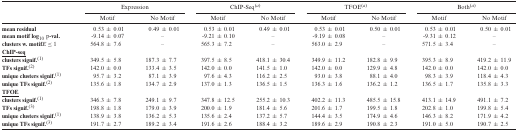
<table><thead><tr><td></td><td colspan="2"><b>Expression</b></td><td colspan="2"><b>ChIP-Seq<sup>(<i>a</i>)</sup></b></td><td colspan="2"><b>TFOE<sup>(<i>a</i>)</sup></b></td><td colspan="2"><b>Both<sup>(<i>a</i>)</sup></b></td></tr><tr><td></td><td><b>Motif</b></td><td><b>No Motif</b></td><td><b>Motif</b></td><td><b>No Motif</b></td><td><b>Motif</b></td><td><b>No Motif</b></td><td><b>Motif</b></td><td><b>No Motif</b></td></tr></thead><tbody><tr><td><b>mean residual</b></td><td>0.53 ± 0.01</td><td>0.49 ± 0.01</td><td>0.53 ± 0.01</td><td>0.49 ± 0.01</td><td>0.53 ± 0.01</td><td>0.50 ± 0.01</td><td>0.53 ± 0.01</td><td>0.50 ± 0.01</td></tr><tr><td><b>mean motif log</b><sub>10</sub> p<b>-val</b>.</td><td>-9.14 ± 0.07</td><td>–</td><td>-9.21 ± 0.10</td><td>–</td><td>-9.19 ± 0.08</td><td>–</td><td>-9.31 ± 0.12</td><td>–</td></tr><tr><td><b>clusters w. motif</b><i>E</i> ≤ 1</td><td>564.8 ± 7.6</td><td>–</td><td>565.3 ± 7.2</td><td>–</td><td>563.0 ± 2.9</td><td>–</td><td>571.5 ± 3.4</td><td>–</td></tr><tr><td><b><underline>ChIP-seq</underline></b></td><td></td><td></td><td></td><td></td><td></td><td></td><td></td><td></td></tr><tr><td><b>clusters signif</b>.<sup>(1)</sup></td><td>349.5 ± 5.8</td><td>187.3 ± 7.7</td><td>397.5 ± 8.5</td><td>418.1 ± 30.4</td><td>349.9 ± 11.2</td><td>182.8 ± 9.9</td><td>395.3 ± 8.9</td><td>419.2 ± 11.9</td></tr><tr><td><b>TFs signif</b>.<sup>(2)</sup></td><td>142.0 ± 0.0</td><td>133.4 ± 3.5</td><td>142.0 ± 0.0</td><td>141.5 ± 1.0</td><td>142.0 ± 0.0</td><td>129.9 ± 4.8</td><td>142.0 ± 0.0</td><td>142.0 ± 0.0</td></tr><tr><td><b>unique clusters signif</b>.<sup>(1)</sup></td><td>95.7 ± 3.2</td><td>87.1 ± 3.9</td><td>97.6 ± 4.3</td><td>116.2 ± 2.5</td><td>93.0 ± 3.8</td><td>88.1 ± 4.0</td><td>98.3 ± 3.9</td><td>118.4 ± 4.3</td></tr><tr><td><b>unique TFs signif</b>.<sup>(2)</sup></td><td>135.6 ± 1.8</td><td>134.7 ± 2.9</td><td>137.0 ± 1.3</td><td>136.5 ± 1.5</td><td>136.3 ± 1.6</td><td>136.2 ± 1.2</td><td>136.5 ± 1.7</td><td>135.8 ± 3.3</td></tr><tr><td><b><underline>TFOE</underline></b></td><td></td><td></td><td></td><td></td><td></td><td></td><td></td><td></td></tr><tr><td><b>clusters signif</b>.<sup>(1)</sup></td><td>346.3 ± 7.8</td><td>249.1 ± 9.7</td><td>347.8 ± 12.5</td><td>255.2 ± 10.3</td><td>402.2 ± 11.3</td><td>485.5 ± 15.8</td><td>413.1 ± 14.9</td><td>491.1 ± 7.2</td></tr><tr><td><b>TFs signif</b>.<sup>(3)</sup></td><td>198.8 ± 1.8</td><td>179.0 ± 3.9</td><td>200.0 ± 1.9</td><td>181.4 ± 5.6</td><td>201.6 ± 1.7</td><td>199.5 ± 1.8</td><td>202.8 ± 1.0</td><td>199.8 ± 5.4</td></tr><tr><td><b>unique clusters signif</b>.<sup>(1)</sup></td><td>138.9 ± 3.8</td><td>136.2 ± 5.3</td><td>135.6 ± 2.4</td><td>137.2 ± 5.7</td><td>144.4 ± 3.5</td><td>174.9 ± 4.6</td><td>146.3 ± 8.2</td><td>171.9 ± 4.2</td></tr><tr><td><b>unique TFs signif</b>.<sup>(3)</sup></td><td>191.7 ± 2.7</td><td>189.2 ± 3.4</td><td>191.6 ± 2.6</td><td>188.4 ± 3.2</td><td>189.6 ± 2.9</td><td>190.8 ± 2.3</td><td>191.0 ± 5.0</td><td>190.7 ± 2.5</td></tr></tbody></table>